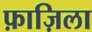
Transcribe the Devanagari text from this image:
फ़ाज़िला